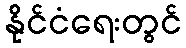
နိုင်ငံရေးတွင်